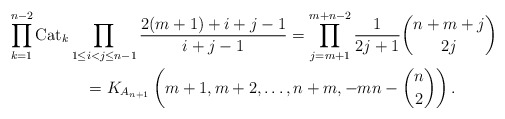
\begin{gather*}\prod_{k=1}^{n-2} {\rm Cat}_{k} \prod_{1\le i < j \le n-1} \frac{2(m+1)+i+j-1}{i+j-1}=\prod_{j=m+1}^{m+n-2} \frac{1}{2j+1} {n+m+j \choose 2 j}\\\qquad{} =K_{A_{n+1}}\left(m+1,m+2,\ldots,n+m,-m n- {n \choose 2}\right) .\end{gather*}